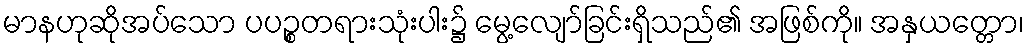
မာနဟုဆိုအပ်သော ပပဉ္စတရားသုံးပါး၌ မွေ့လျော်ခြင်းရှိသည်၏ အဖြစ်ကို။ အနှယတ္တော၊